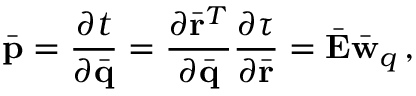
\bar { \bf p } = \frac { \partial t } { \partial \bar { \bf q } } = \frac { \partial \bar { \bf r } ^ { T } } { \partial \bar { \bf q } } \frac { \partial \tau } { \partial \bar { \bf r } } = \bar { \bf E } \bar { \bf w } _ { q } \, ,